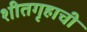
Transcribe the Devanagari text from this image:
शीतगृहाची